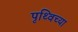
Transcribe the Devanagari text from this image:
पृथ्विच्या